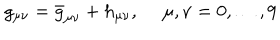
LaTeX: g _ { \mu \nu } = { \bar { g } } _ { \mu \nu } + h _ { \mu \nu } , ~ ~ \mu , \nu = 0 , \dots , 9